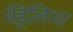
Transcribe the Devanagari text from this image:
मैड्रेलिना